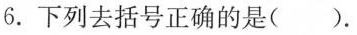
6.下列去括号正确的是( ).